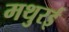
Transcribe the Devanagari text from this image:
मथुरई